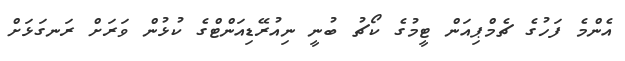
އެންމެ ފަހުގެ ޗެމްޕިއަން ޓީމުގެ ކޯޗު ބުނީ ނިއުރޭޑިއަންޓްގެ ކުޅުން ވަރަށް ރަނގަޅަށް